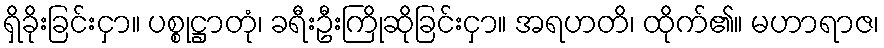
ရှိခိုးခြင်းငှာ။ ပစ္စုဋ္ဌာတုံ၊ ခရီးဦးကြိုဆိုခြင်းငှာ။ အရဟတိ၊ ထိုက်၏။ မဟာရာဇ၊